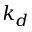
k _ { d }